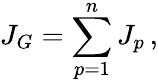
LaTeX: J_{G}=\sum_{p=1}^{n}J_{p}\, ,